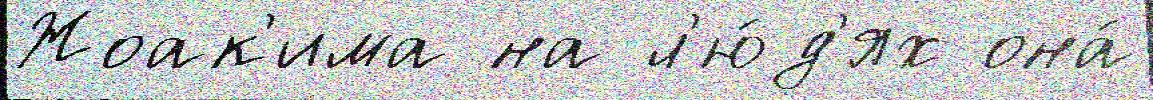
Жоак'има на л'ю́д'ях она́